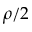
\rho / 2